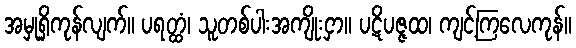
အမှုရှိကုန်လျက်။ ပရတ္ထံ၊ သူတစ်ပါးအကျိုးငှာ။ ပဋိပဇ္ဇထ၊ ကျင့်ကြလေကုန်။